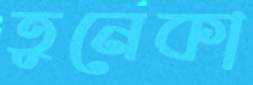
তুনেকা